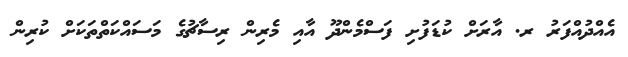
އެއްދުއްފަރު ރ. އާރަށް ކުޑަފުށި ފަސްމެންދޫ އާއި މެރިން ރިސާޗުގެ މަސައްކަތްތަކަށް ކުރިން